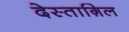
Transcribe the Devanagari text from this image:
देस्ताग़िल